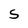
Character: S